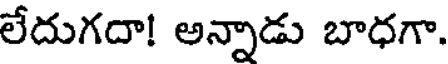
లేదుగదా! అన్నాడు బాధగా.